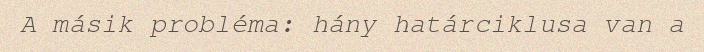
A másik probléma: hány határciklusa van a